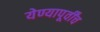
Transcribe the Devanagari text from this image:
येण्यापूर्वींच